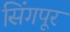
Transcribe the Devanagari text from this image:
सिंगपूर